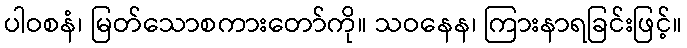
ပါဝစနံ၊ မြတ်သောစကားတော်ကို။ သဝနေန၊ ကြားနာရခြင်းဖြင့်။